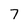
Character: 7